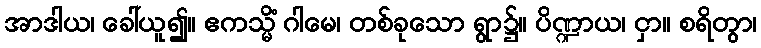
အာဒါယ၊ ခေါ်ယူ၍။ ဧကသ္မိံ ဂါမေ၊ တစ်ခုသော ရွာ၌။ ပိဏ္ဍာယ၊ ငှာ။ စရိတွာ၊